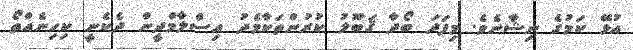
އުޅޭ ކަމުގެ ނިޝާނެވެ. މިފަދަ ބޯދާ ޤަބޫލު ކުރުންތަކާމެދު އިސްލާމްދީން ދެކެނީ ކިހިނެއްތޯ